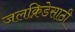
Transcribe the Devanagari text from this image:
जलक्रिडेसाठी